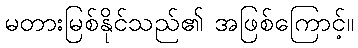
မတားမြစ်နိုင်သည်၏ အဖြစ်ကြောင့်။